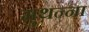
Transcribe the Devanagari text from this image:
मुथ़न्ना